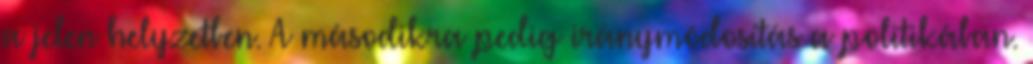
a jelen helyzetben. A másodikra pedig iránymódosítás a politikában.